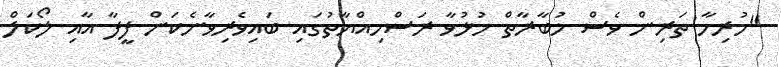
"ހުރިހާ ތަރިން ވެސް މުބާރާތް ހުޅުވާ ރަސްމިއްޔާތުގައި ބައިވެރިވާނެކަން ފީފާ އާއި ލޯކަލް